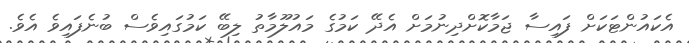
އެކައުންޓަކަށް ފައިސާ ޖަމާކޮށްދިނުމަށް އެދޭ ކަމުގެ މައުލޫމާތު ލިބޭ ކަމުގައިވެސް ބުނެފައިވެ އެވެ.